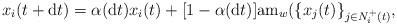
LaTeX: \begin{align*}x_i(t+\mathrm{d}t)=\alpha(\mathrm{d}t)x_i(t) + [1-\alpha(\mathrm{d}t)] \mathrm{am}_w(\{x_j(t)\}_{j\in N_i^+(t)},\end{align*}